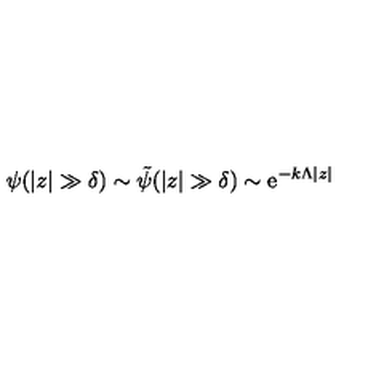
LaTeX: \psi ( | z | \gg \delta ) \sim { \tilde { \psi } } ( | z | \gg \delta ) \sim \mathrm { e } ^ { - k \Lambda | z | }